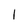
Character: I